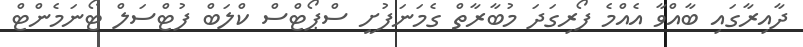
ދާއިރާގައި ބާއްވާ އެއްމެ ފޯރިގަދަ މުބާރާތް ގެމަނަފުށީ ސްޕޯޓްސް ކްލަބް ފުޓްސަލް ޓޯނަމެންޓް